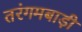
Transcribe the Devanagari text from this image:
तरंगमबाड़ी